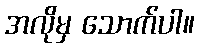
အလိုမှ သောက်ပါ။